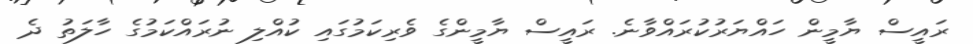
ރައީސް ޔާމީން ހައްޔަރުކުރައްވާނެ. ރައީސް ޔާމީންގެ ވެރިކަމުގައި ކުއްލި ނުރައްކަމުގެ ހާލަތު ދެ